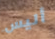
أليس